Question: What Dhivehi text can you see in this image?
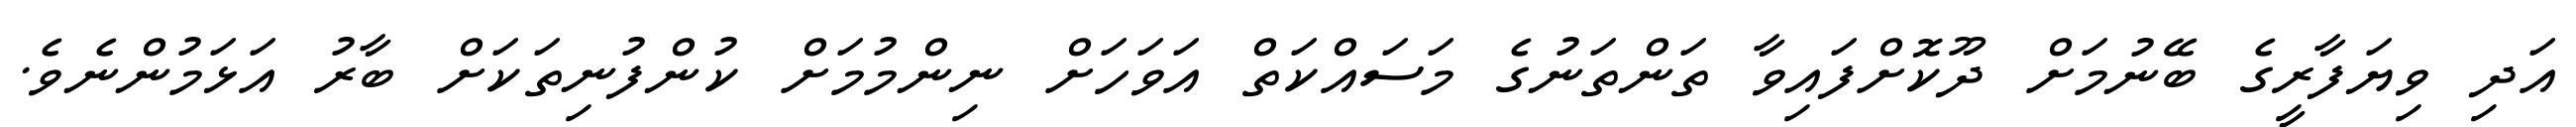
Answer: އަދި ވިޔަފާރީގެ ބޭނުމަށް ދޫކޮށްފައިވާ ތަންތަނުގެ މަސައްކަތް އަވަހަށް ނިންމުމަށް ކުންފުނިތަކަށް ބާރު އަޅަމުންނެވެ.